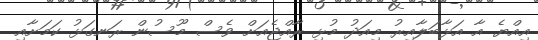
އިއްޔެ އާ އަޅާބަލާއިރު މިއަދު މުޅި ރާއްޖެއަށް ވެސް މޫސުން ރަނގަޅު ކަމަށާއި